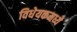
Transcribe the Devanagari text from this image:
विधेयकमध्ये